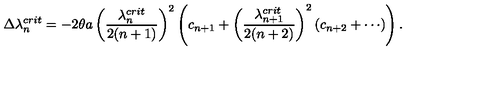
\Delta \lambda _ { n } ^ { c r i t } = - 2 \theta a \left( \frac { \lambda _ { n } ^ { c r i t } } { 2 ( n + 1 ) } \right) ^ { 2 } \left( c _ { n + 1 } + \left( \frac { \lambda _ { n + 1 } ^ { c r i t } } { 2 ( n + 2 ) } \right) ^ { 2 } \left( c _ { n + 2 } + \cdots \right) \right) .